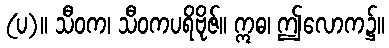
(ပ)။ သီဝက၊ သီဝကပရိဗိုဇ်။ ဣဓ၊ ဤလောက၌။